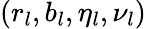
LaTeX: (r_{l},b_{l},\eta_{l},\nu_{l})